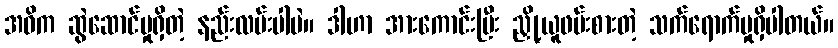
အဓိက ဆွဲဆောင်မှုရှိတဲ့ နည်းလမ်းပါပဲ။ ဒါဟာ အားကောင်းပြီး ညှို့ယူဖမ်းစားတဲ့ သက်ရောက်မှုရှိပါတယ်။